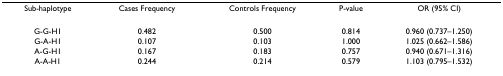
<table><thead><tr><td><b>Sub-haplotype</b></td><td><b>Cases Frequency</b></td><td><b>Controls Frequency</b></td><td><b>P-value</b></td><td><b>OR (95% CI)</b></td></tr></thead><tbody><tr><td>G-G-H1</td><td>0.482</td><td>0.500</td><td>0.814</td><td>0.960 (0.737–1.250)</td></tr><tr><td>G-A-H1</td><td>0.107</td><td>0.103</td><td>1.000</td><td>1.025 (0.662–1.586)</td></tr><tr><td>A-G-H1</td><td>0.167</td><td>0.183</td><td>0.757</td><td>0.940 (0.671–1.316)</td></tr><tr><td>A-A-H1</td><td>0.244</td><td>0.214</td><td>0.579</td><td>1.103 (0.795–1.532)</td></tr></tbody></table>